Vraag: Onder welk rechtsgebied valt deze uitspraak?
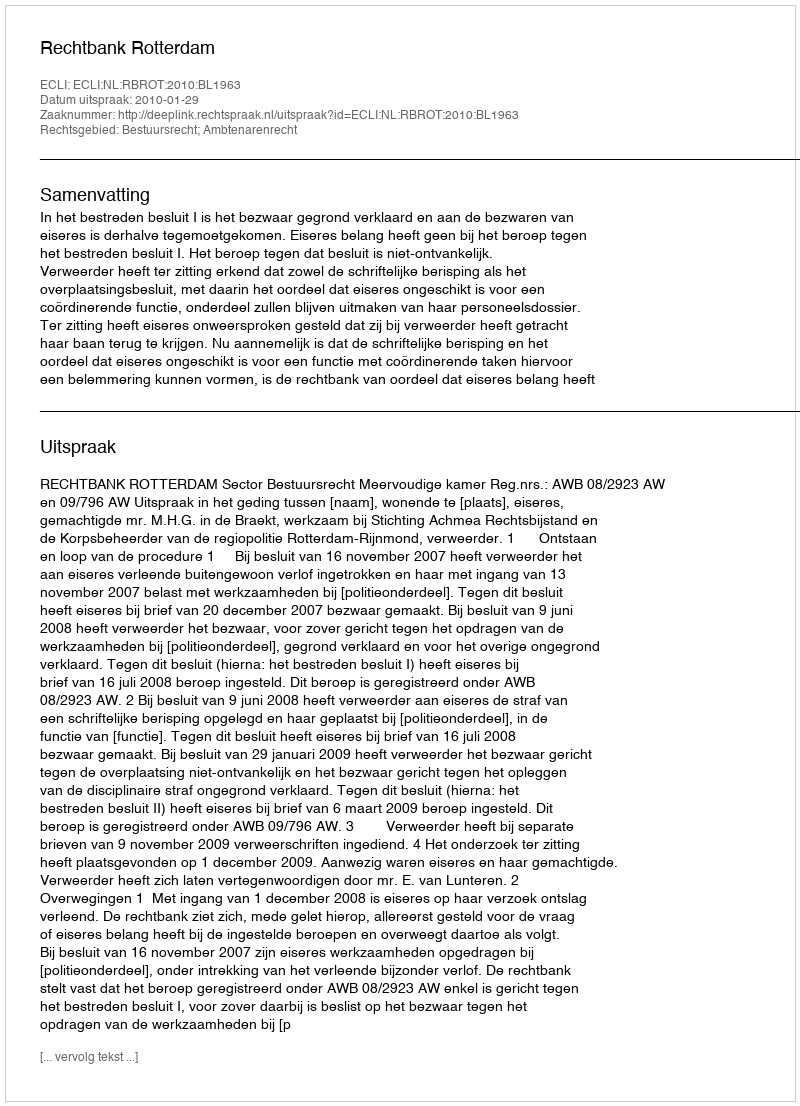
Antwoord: Bestuursrecht; Ambtenarenrecht